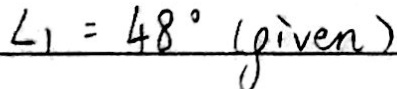
\angle 1 = 4 8 ^ { \circ } ( g i v e n )